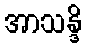
အာသန္ဒိ